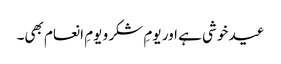
عید خوشی ہے اور یومِ شکر و یومِ انعام بھی۔